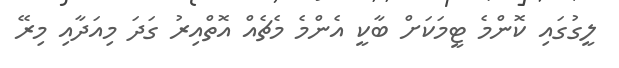
ލީގުގައި ކޮންމެ ޓީމަކަށް ބާކީ އެންމެ މެޗެއް އޮތްއިރު ގަދަ މިއަދާއި މިރޭ